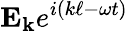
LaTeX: \mathbf{E_{k}}e^{i(k\ell-\omega t)}